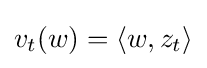
v_{t}(w)=\langle w,z_{t}\rangle